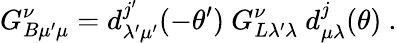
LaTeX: G_{B\mu^{\prime}\mu}^{\nu}=d_{\lambda^{\prime}\mu^{\prime}}^{j^{\prime}}(-\theta^{\prime})\ G_{L\lambda^{\prime}\lambda}^{\nu}\ d_{\mu\lambda}^{j}(\theta)\ .